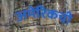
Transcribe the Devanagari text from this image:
अमेरिकची